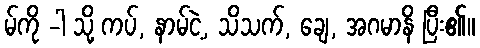
မ်ကို -ါ သို့ ကပ်, နာမ်ငဲ့, သိသက်, ချေ, အဂမာနိ ပြီး၏။